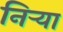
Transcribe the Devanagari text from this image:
निर्‍या